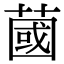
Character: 蔮